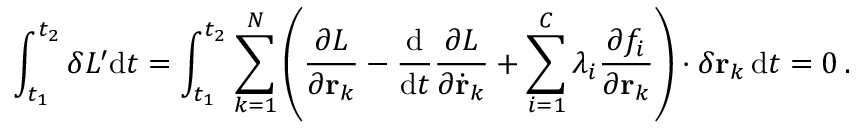
\int _ { t _ { 1 } } ^ { t _ { 2 } } \delta L ^ { \prime } \mathrm { d } t = \int _ { t _ { 1 } } ^ { t _ { 2 } } \sum _ { k = 1 } ^ { N } \left( { \frac { \partial L } { \partial \mathbf { r } _ { k } } } - { \frac { \mathrm { d } } { \mathrm { d } t } } { \frac { \partial L } { \partial { \dot { \mathbf { r } } } _ { k } } } + \sum _ { i = 1 } ^ { C } \lambda _ { i } { \frac { \partial f _ { i } } { \partial \mathbf { r } _ { k } } } \right) \cdot \delta \mathbf { r } _ { k } \, \mathrm { d } t = 0 \, .